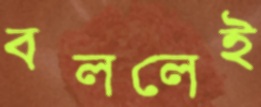
বললেই